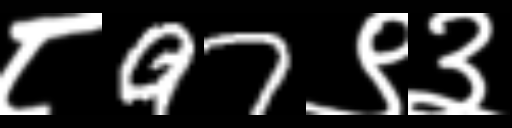
Text: ८97९३